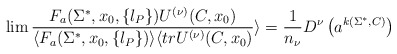
\begin{align*}\lim { F_a(\Sigma^{*}, x_0, \{l_P\}) U^{(\nu)}(C, x_0) \over\langle F_a(\Sigma^{*}, x_0, \{l_P\}) \rangle\langle tr U^{(\nu)}(C, x_0)}\rangle= {1 \over n_{\nu}} D^{\nu} \left( a^{k (\Sigma^{*}, C)} \right)\end{align*}